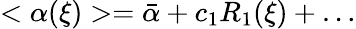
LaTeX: <\alpha(\xi)>=\bar{\alpha}+c_{1}R_{1}(\xi)+\ldots